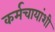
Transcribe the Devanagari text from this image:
कर्मचायांशी